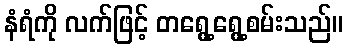
နံရံကို လက်ဖြင့် တရွေ့ရွေ့စမ်းသည်။